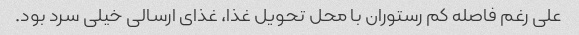
علی رغم فاصله کم رستوران با محل تحویل غذا، غذای ارسالی خیلی سرد بود.